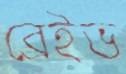
ব্রেইভ